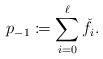
LaTeX: \begin{align*}p_{-1} \coloneqq \sum_{i=0}^\ell \check f_i.\end{align*}